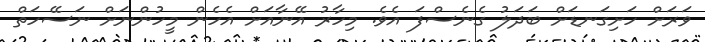
ވަރަށް ހަށިގަނޑަށް ބަދަލު ގެނެސްފަ އެވެ. މިހާރު އޭނާއަށް އެހެން މީހުންނަށް ނަސޭހަތް